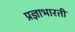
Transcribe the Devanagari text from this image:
प्रज्ञाभारती